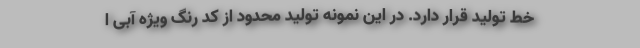
خط تولید قرار دارد. در این نمونه تولید محدود از کد رنگ ویژه آبی ا